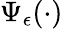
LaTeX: \Psi_{\epsilon}(\cdot)